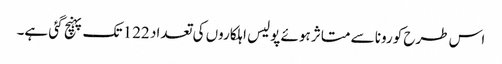
اس طرح کورونا سے متاثر ہوئے پولیس اہلکاروں کی تعداد 122 تک پہنچ گئی ہے۔